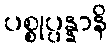
ပစ္စုပ္ပန္နာနိ